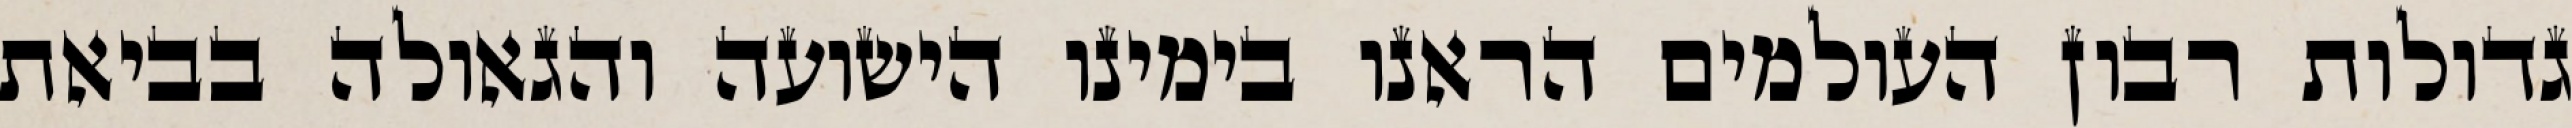
גדולות רבון העולמים הראנו בימינו הישועה והגאולה בביאת